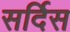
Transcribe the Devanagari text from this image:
सर्दिस